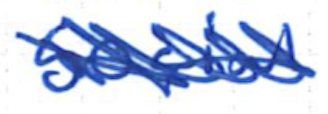
Text: social
Cross-out: scratch
Writing tool: ballpoint